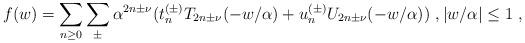
LaTeX: \begin{align*}f(w)=\sum_{n\geq0}\sum_{\pm}\alpha^{2n\pm\nu}(t_n^{(\pm)}T_{2n\pm\nu}(-w/\alpha)+u_n^{(\pm)}U_{2n\pm\nu}(-w/\alpha))\ ,|w/\alpha|\leq 1\ ,\end{align*}